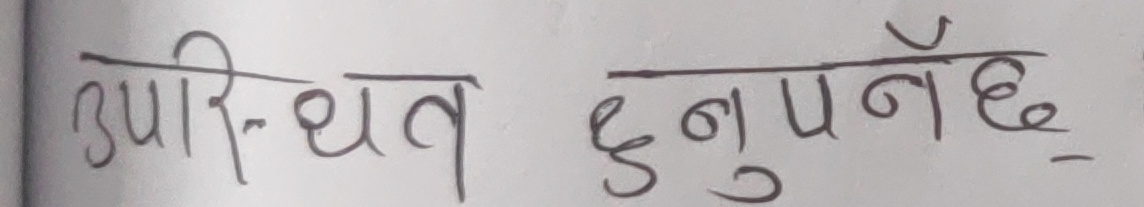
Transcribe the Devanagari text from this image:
उपस्थित हुनुपर्नेछ ।